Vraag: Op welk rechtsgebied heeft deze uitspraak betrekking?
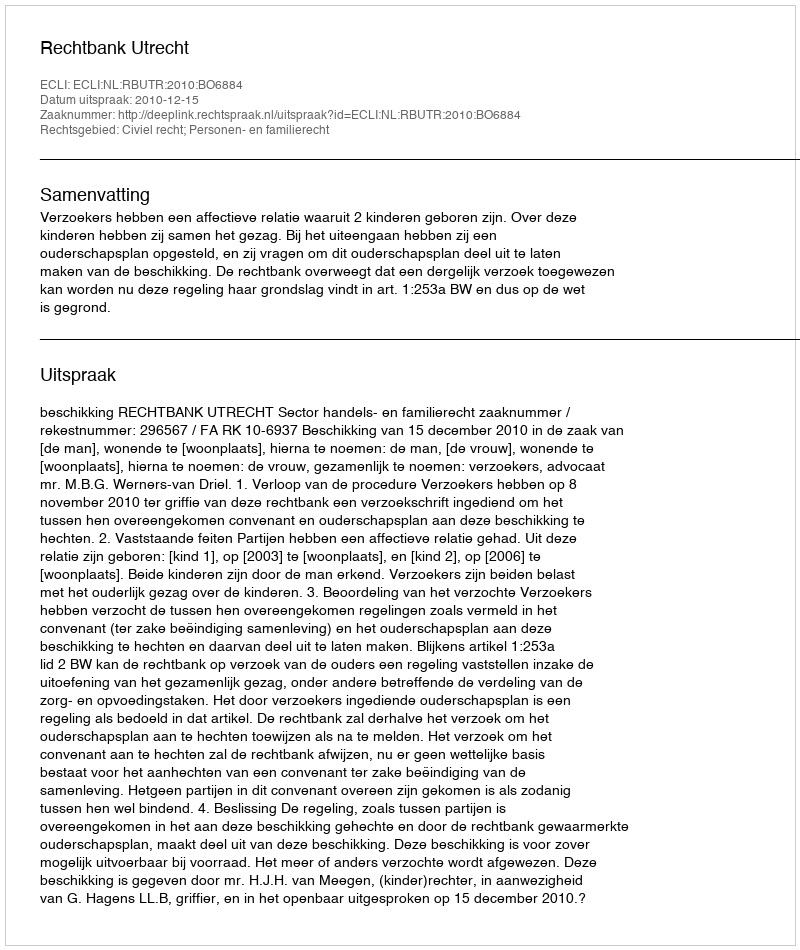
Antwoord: Civiel recht; Personen- en familierecht